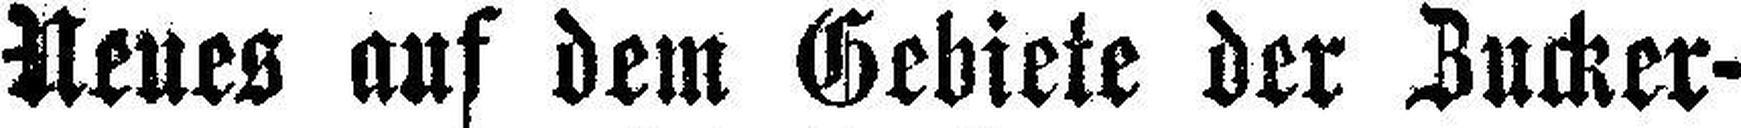
Neues auf dem Gebiete der Bucker¬